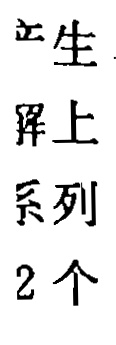
产生
屏上
系列
2个